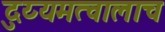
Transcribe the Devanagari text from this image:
दुय्यमत्वालाच